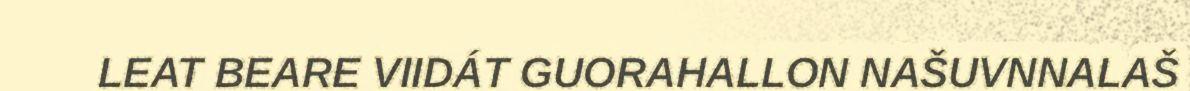
LEAT BEARE VIIDÁT GUORAHALLON NAŠUVNNALAŠ